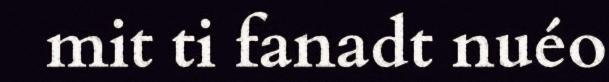
mit ti fanadt nuéo